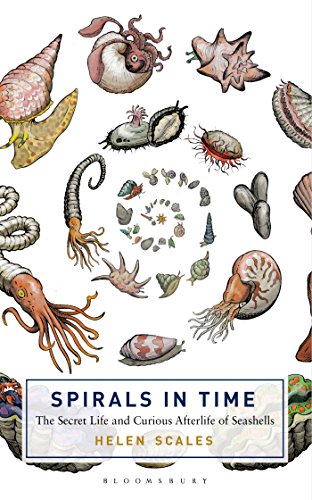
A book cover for Spirals in Time: The Secret Life and Curious Afterlife of Seashells (Bloomsbury Sigma); Helen Scales; Science & Math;